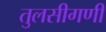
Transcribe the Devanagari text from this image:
तुलसीगणी